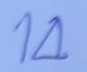
14